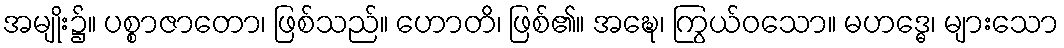
အမျိုး၌။ ပစ္စာဇာတော၊ ဖြစ်သည်။ ဟောတိ၊ ဖြစ်၏။ အဍ္ဎေ၊ ကြွယ်ဝသော။ မဟဒ္ဓေ၊ များသော